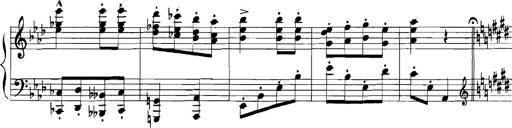
Title: Rhapsodies hongroises
Composer: Franz Liszt